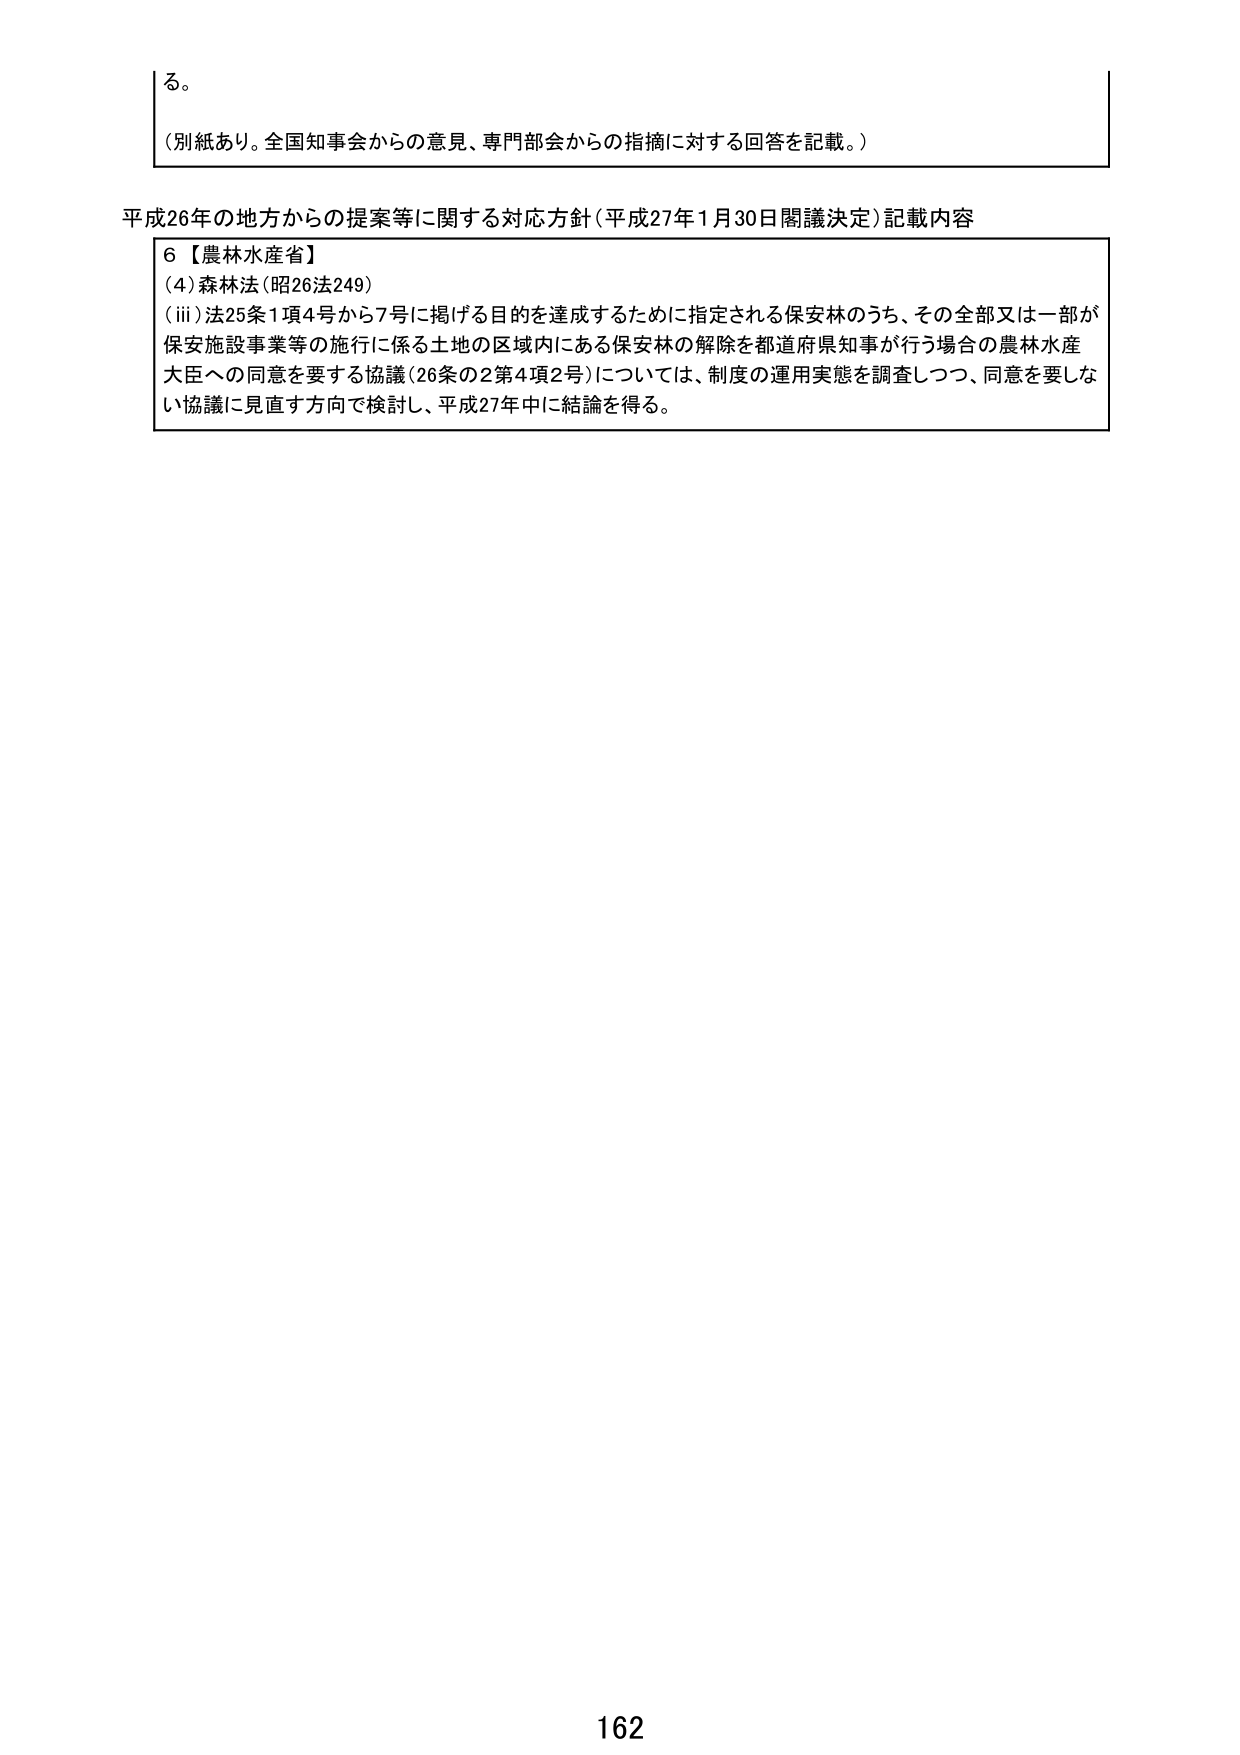
る。

（別紙あり。全国知事会からの意見、専門部会からの指摘に対する回答を記載。）

平成26年の地方からの提案等に関する対応方針（平成27年1月30日閣議決定）記載内容

6【農林水産省】
(4) 森林法（昭26法249）
(iii) 法25条1項4号から7号に掲げる目的を達成するために指定される保安林のうち、その全部又は一部が保安施設事業等の施行に係る土地の区域内にある保安林の解除を都道府県知事が行う場合の農林水産大臣への同意を要する協議（26条の2第4項2号）については、制度の運用実態を調査しつつ、同意を要しない協議に見直す方向で検討し、平成27年中に結論を得る。

162